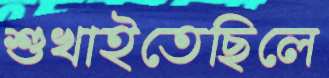
শুখাইতেছিলে